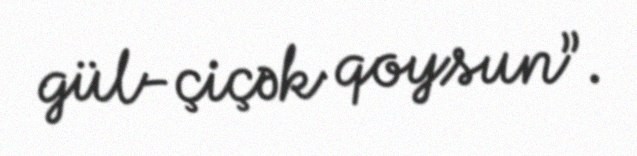
gül-çiçək qoysun”.